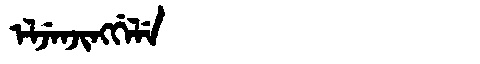
Manchu: ᡝᠯᠵᡝᠨᠵᡳᠩᡤᡝᠯᡝ
Romanization: ELJENJINGGELE